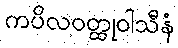
ကပိလဝတ္ထုဝါသီနံ